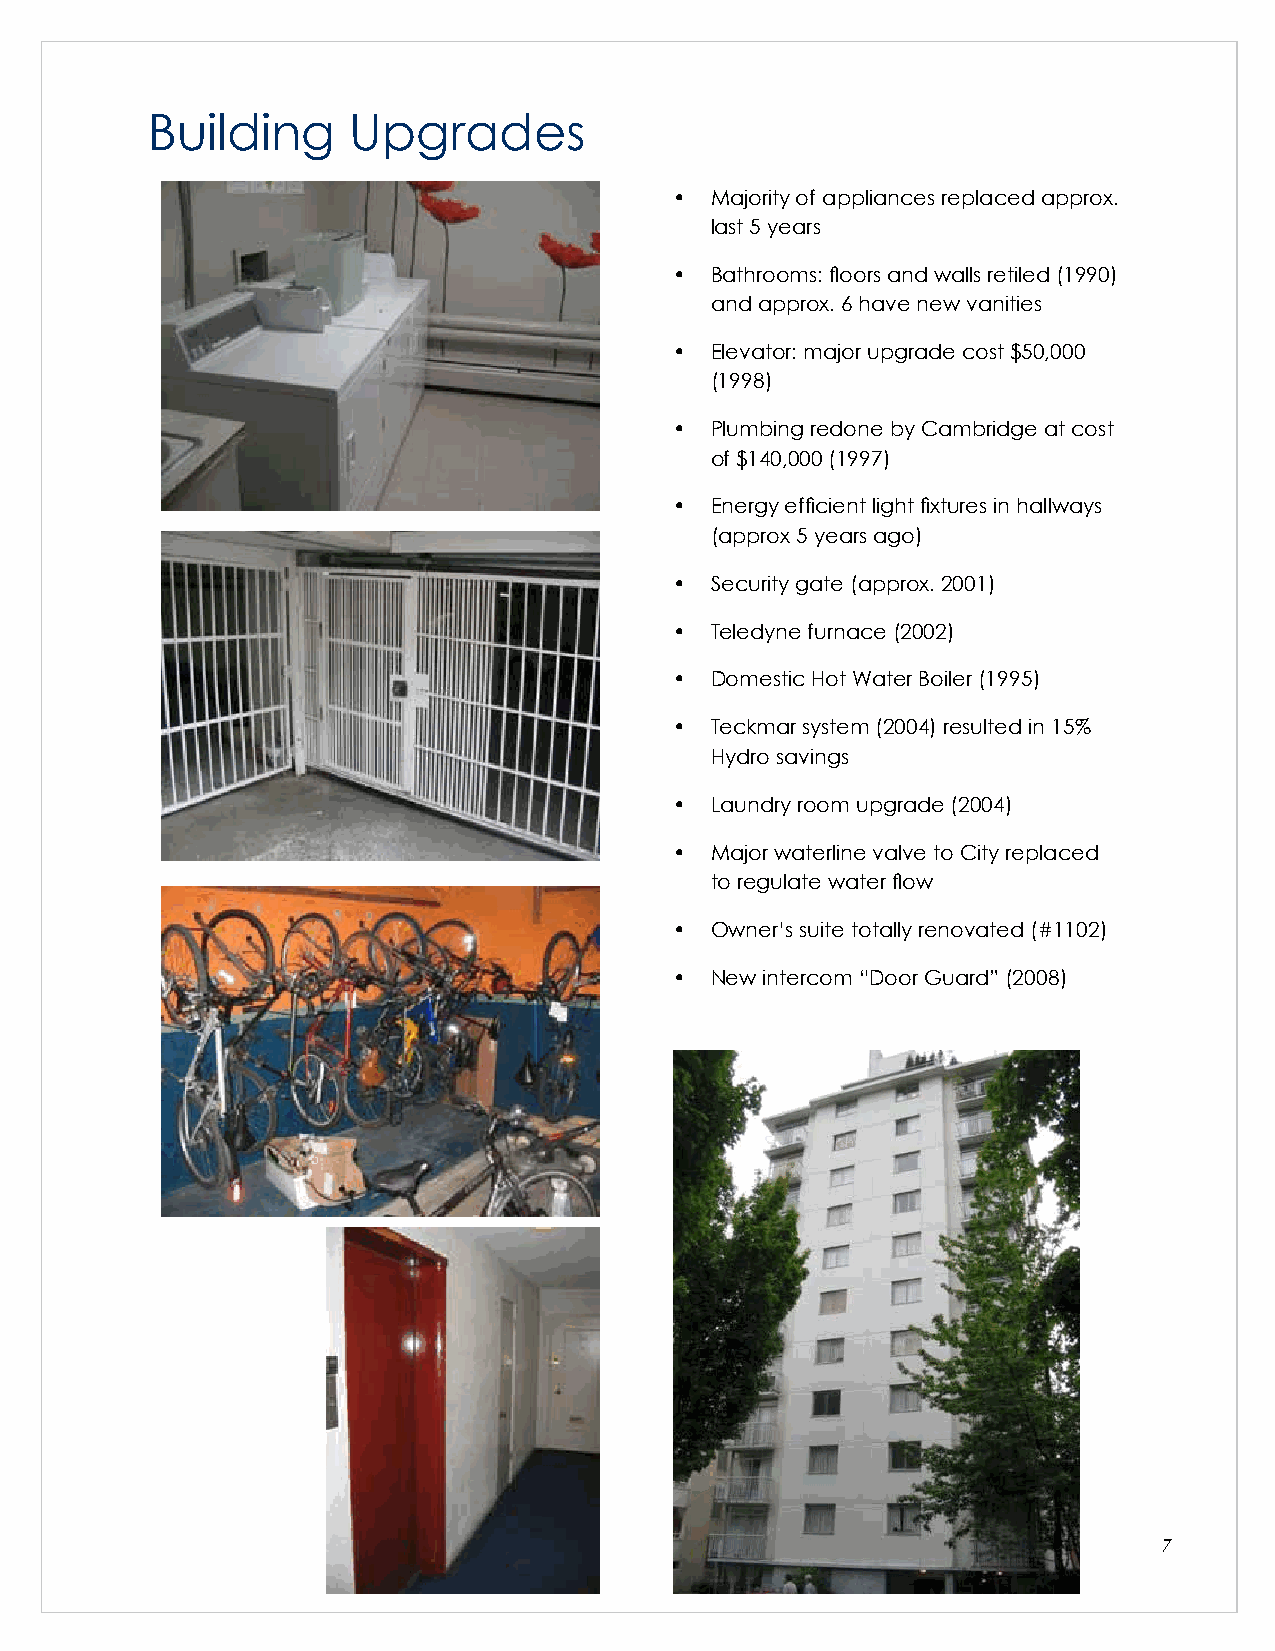
Building     Upgrades
 • Majority of appliances replaced approx.
 last 5 years
 • Bathrooms: floors and walls retiled (1990)
 and approx. 6 have new vanities
 • Elevator: major upgrade cost $50,000
 (1998)
 • Plumbing redone by Cambridge at cost
 of $140,000 (1997)
 • Energy efficient light fixtures in hallways
 (approx 5 years ago)
 • Security gate (approx. 2001)
 • Teledyne furnace (2002)
 • Domestic Hot Water Boiler (1995)
 • Teckmar system (2004) resulted in 15%
 Hydro savings
 • Laundry room upgrade (2004)
 • Major waterline valve to City replaced
 to regulate water flow
 • Owner’s suite totally renovated (#1102)
 • New intercom “Door Guard” (2008)
 7